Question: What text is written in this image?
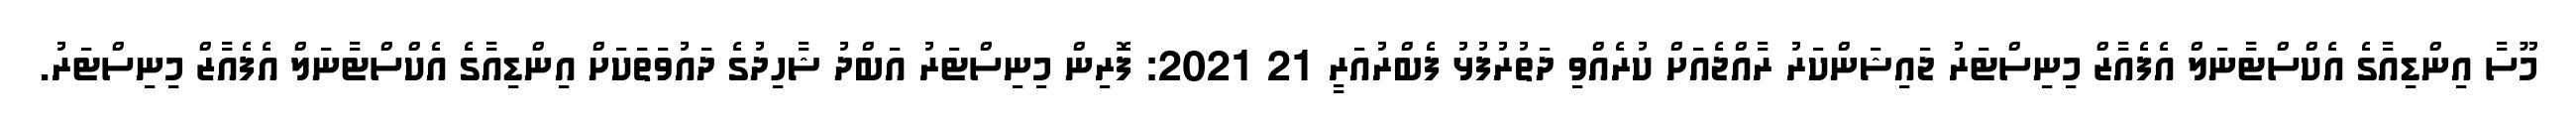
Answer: މޫސާ އިންޑިއާގެ އެކްސްޓާނަލް އެފެއާޒް މިނިސްޓަރު ޖައިޝަންކަރު ރާއްޖެއަށް ކުރެއްވި ދަތުރުފުޅު ފެބްރުއަރީ 21 2021: ފޮރިން މިނިސްޓަރު އަބްދު ޝާހިދުގެ ދައުވަތަކަށް އިންޑިއާގެ އެކްސްޓާނަލް އެފެއާޒް މިނިސްޓަރު.